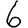
Digit: 6